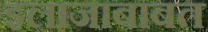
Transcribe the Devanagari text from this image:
इलाजाबाबत